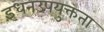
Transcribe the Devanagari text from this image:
इंधनउपयुक्तता